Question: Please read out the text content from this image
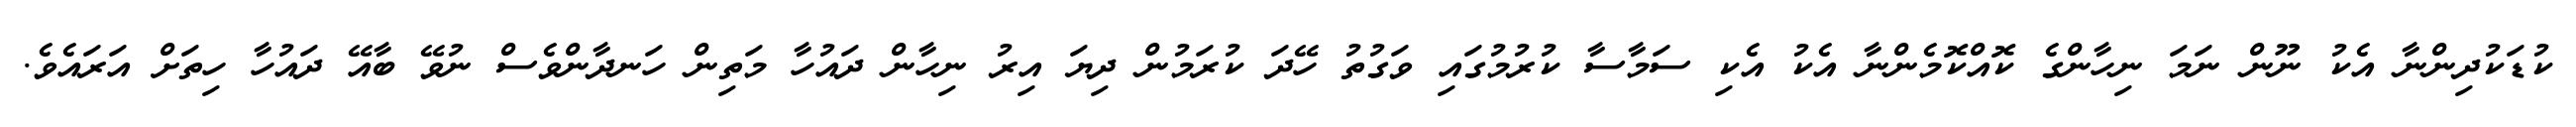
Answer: ކުޑަކުދިންނާ އެކު ނޫން ނަމަ ނިހާންގެ ކޮއްކޮމެންނާ އެކު އެކި ސަމާސާ ކުރުމުގައި ވަގުތު ހޭދަ ކުރަމުން ދިޔަ އިރު ނިހާން ދައުހާ މަތިން ހަނދާންވެސް ނުވޭ ބާއޭ ދައުހާ ހިތަށް އަރައެވެ.